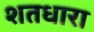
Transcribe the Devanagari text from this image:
शतधारा